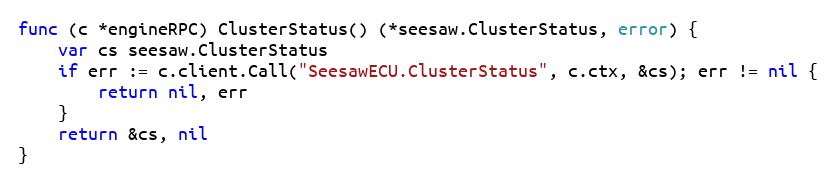
Language: Go
func (c *engineRPC) ClusterStatus() (*seesaw.ClusterStatus, error) {
	var cs seesaw.ClusterStatus
	if err := c.client.Call("SeesawECU.ClusterStatus", c.ctx, &cs); err != nil {
		return nil, err
	}
	return &cs, nil
}